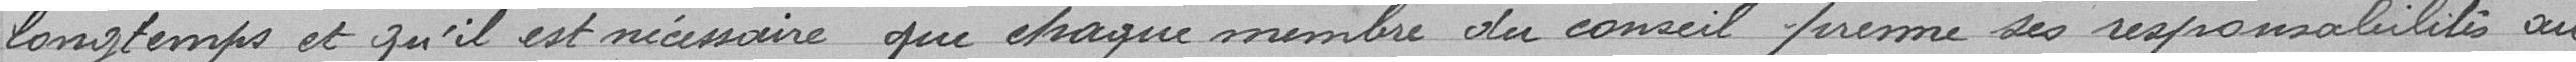
longtemps et qu'il est nécessaire que chaque membre du conseil prenne ses responsabilités au